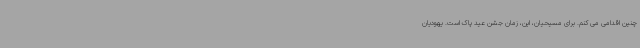
چنین اقدامی می کنم. برای مسیحیان، این، زمان جشن عید پاک است. یهودیان